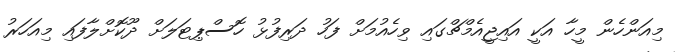
މިއަންހެން މީހާ އަކީ އައިޖީއެމްޗްގައި ވިހެއުމަށް ފަހު ދަރިފުޅު ހޮސްޕިޓަލަށް ދޫކޮށްލާފައި މިއަހަރު